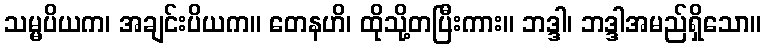
သမ္မပိယက၊ အချင်းပိယက။ တေနဟိ၊ ထိုသို့တပြီးကား။ ဘဒ္ဒါ၊ ဘဒ္ဒါအမည်ရှိသော။